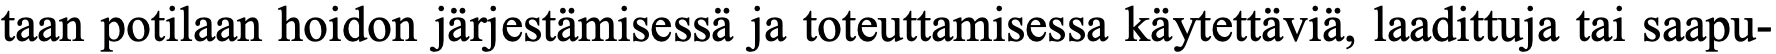
taan potilaan hoidon järjestämisessä ja toteuttamisessa käytettäviä, laadittuja tai saapu-